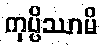
ကုပ္ပိဿာမိ